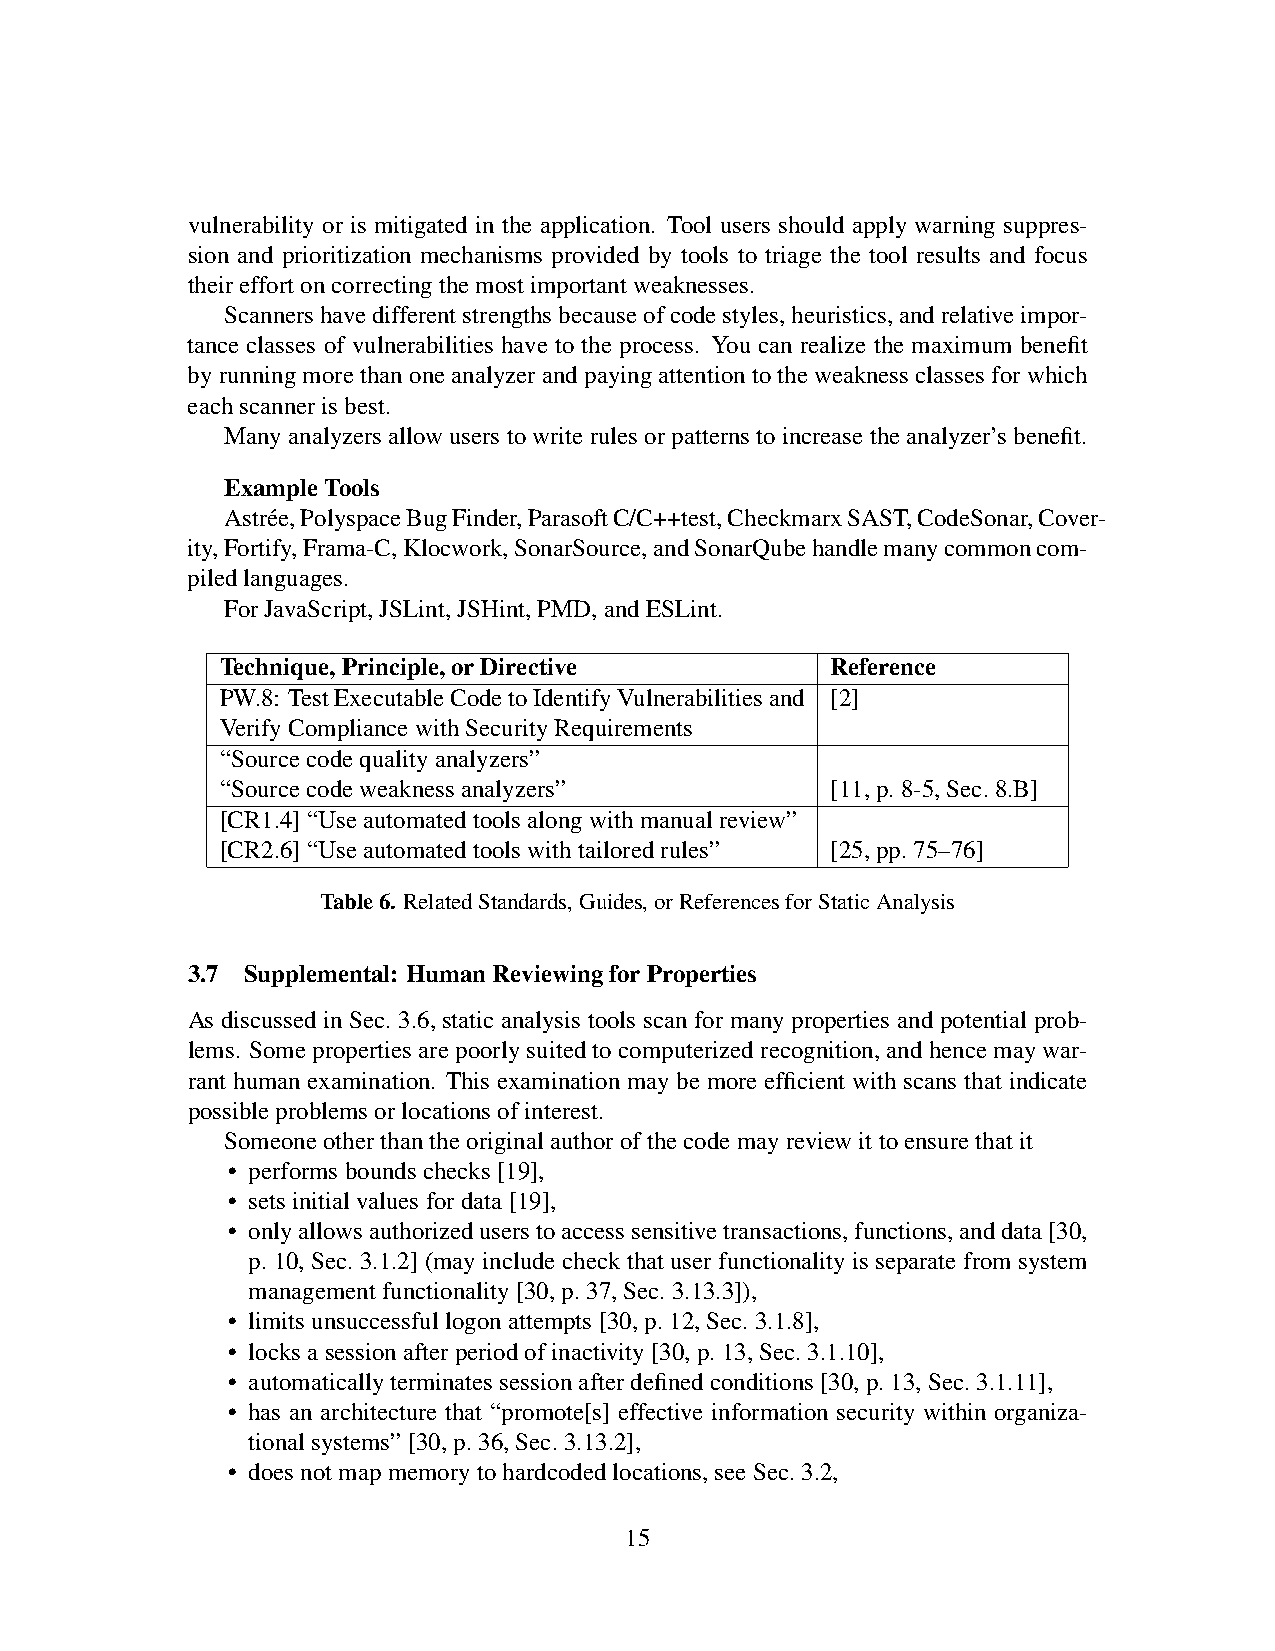
vulnerability or is mitigated in the application. Tool users should apply warning suppres-
 sion and prioritization mechanisms provided by tools to triage the tool results and focus
 their effort on correcting the most important weaknesses.
 Scanners have different strengths because of code styles, heuristics, and relative impor-
 tance classes of vulnerabilities have to the process. You can realize the maximum benefit
 by running more than one analyzer and paying attention to the weakness classes for which
 each scanner is best.
 Many analyzers allow users to write rules or patterns to increase the analyzer’s benefit.
 Example Tools
 Astre´e, Polyspace Bug Finder, Parasoft C/C++test, Checkmarx SAST, CodeSonar, Cover-
 ity, Fortify, Frama-C, Klocwork, SonarSource, and SonarQube handle many common com-
 piled languages.
 For JavaScript, JSLint, JSHint, PMD, and ESLint.
 Technique, Principle, or Directive      Reference
 PW.8: Test Executable Code to Identify Vulnerabilities and [2]
 Verify Compliance with Security Requirements
 “Source code quality analyzers”
 “Source code weakness analyzers”        [11, p. 8-5, Sec. 8.B]
 [CR1.4] “Use automated tools along with manual review”
 [CR2.6] “Use automated tools with tailored rules” [25, pp. 75–76]
 Table 6. Related Standards, Guides, or References for Static Analysis
 3.7 Supplemental: Human Reviewing for Properties
 As discussed in Sec. 3.6, static analysis tools scan for many properties and potential prob-
 lems. Some properties are poorly suited to computerized recognition, and hence may war-
 rant human examination. This examination may be more efficient with scans that indicate
 possible problems or locations of interest.
 Someone other than the original author of the code may review it to ensure that it
 • performs bounds checks [19],
 • sets initial values for data [19],
 • only allows authorized users to access sensitive transactions, functions, and data [30,
 p. 10, Sec. 3.1.2] (may include check that user functionality is separate from system
 management functionality [30, p. 37, Sec. 3.13.3]),
 • limits unsuccessful logon attempts [30, p. 12, Sec. 3.1.8],
 • locks a session after period of inactivity [30, p. 13, Sec. 3.1.10],
 • automatically terminates session after defined conditions [30, p. 13, Sec. 3.1.11],
 • has an architecture that “promote[s] effective information security within organiza-
 tional systems” [30, p. 36, Sec. 3.13.2],
 • does not map memory to hardcoded locations, see Sec. 3.2,
 15